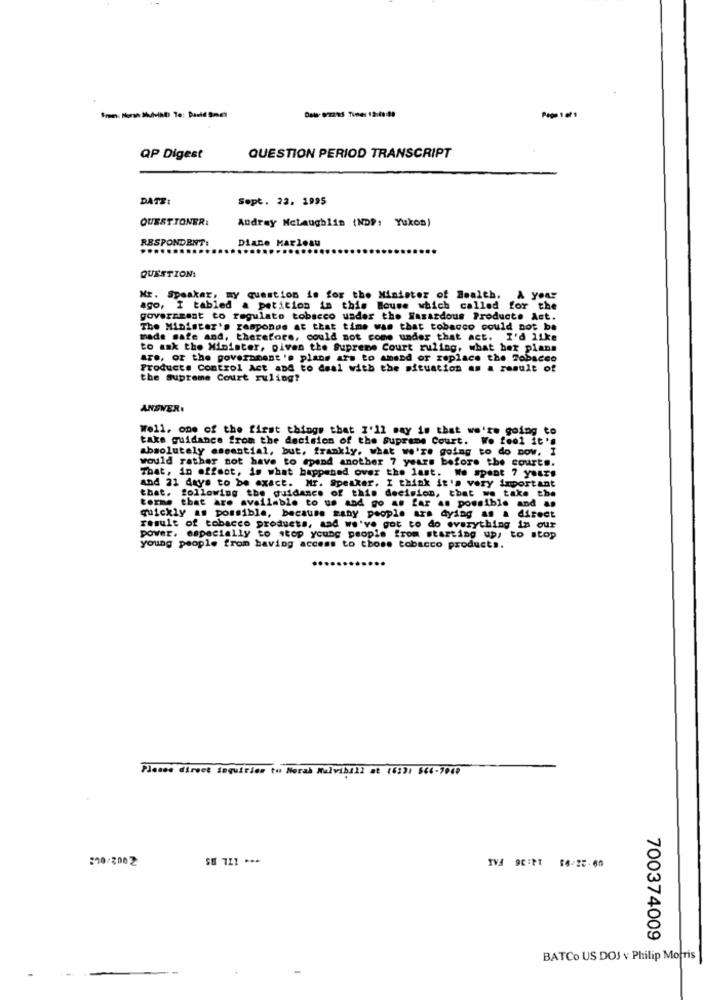
QP Digest
QUESTION PERIOD TRANSCRIPT
DATE:
Sept. 23. 1995
QUESTIONER:
Audrey Mclaughlin (NDP: Yukon)
RESPONDENT:
Diane Marleau
QUESTIONI
Mr. Speaker, my question is for the Minister of Health. A your
ago, I tabled a petition in this House which called for the
government to regulate tobacco under the Hasardous Product. Ast.
The Minister's responde at that time was that tobacco could not be
made safe and, therefore, could not come under that act. I'd like
to ask the Minister, given the Supreme Court ruling, what bez plans
are, or the government 's plans ars to amend or replace the Tobacco
Products Control Act and to deal with the situation as a result of
the supreme Court ruling?
ANSWER.
Well. one of the first things that I'll say is that we're going to
take guidance from the decision of the supreme Court. Wo fool it's
absolutely essential, but, frankly. what we're going to do Dow. I
would rather not have to spend another 7 years before the courts.
That, in effect, is what happened over the last. We spent 7 years
and 21 days to be exact. Mr. Speaker. I think it's very important
that. following the guidance of this decision, that we take the
terme that are available to us and go as far as possible and as
quickly as possible, because many people are dying as a direct
result of tobacco products, and we've got to do everything in our
power. especially to stop young people from starting up, to stop
young people from having access to those tobacco products.
Please direct inquiries to Norah Malviball at (633: 564-7040
2002/062
SE 7Z1 ***
IVA 90:PT 56-25-60
700374009
BATCO US DOJ v Philip Morris